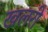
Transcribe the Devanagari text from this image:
खलरी